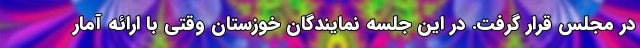
در مجلس قرار گرفت. در این جلسه نمایندگان خوزستان وقتی با ارائه آمار